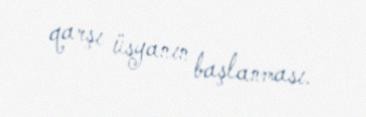
qarşı üsyanın başlanması.